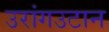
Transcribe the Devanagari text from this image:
उरांगउटान